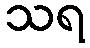
သရ